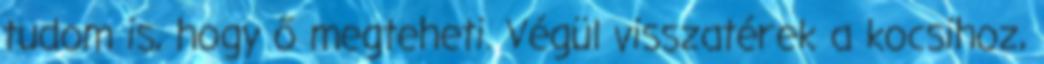
tudom is, hogy ő megteheti. Végül visszatérek a kocsihoz,